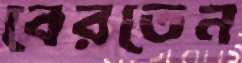
বেরতেন